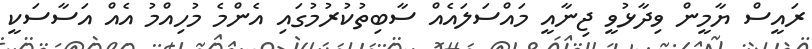
ރައީސް ޔާމީން ވިދާޅުވީ ޖިނާއީ މައްސަލައެއް ސާބިތުކުރުމުގައި އެންމެ މުހިއްމު އެއް އަސާސަކީ